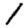
Digit: 1